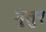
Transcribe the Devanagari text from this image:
गुंतुर